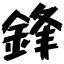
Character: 鋒